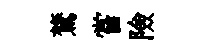
鷟嘗險